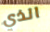
الذي